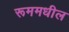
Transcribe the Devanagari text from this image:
रूममधील